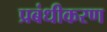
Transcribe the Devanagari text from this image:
प्रबंधीकरण